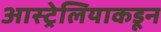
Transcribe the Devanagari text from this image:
आस्ट्रेलियाकडून